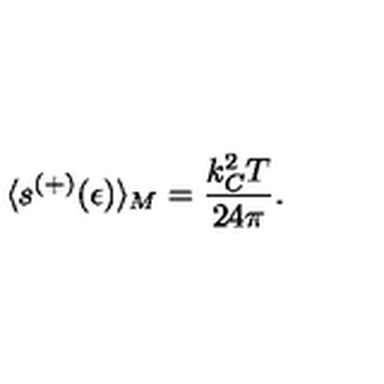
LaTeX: \langle s ^ { ( + ) } ( \epsilon ) \rangle _ { M } = \frac { k _ { C } ^ { 2 } T } { 2 4 \pi } { . }